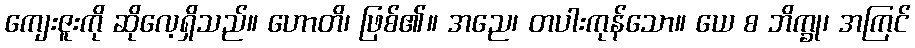
ကျေးဇူးကို ဆိုလေ့ရှိသည်။ ဟောတိ၊ ဖြစ်၏။ အညေ၊ တပါးကုန်သော။ ယေ စ ဘိက္ခု၊ အကြင်